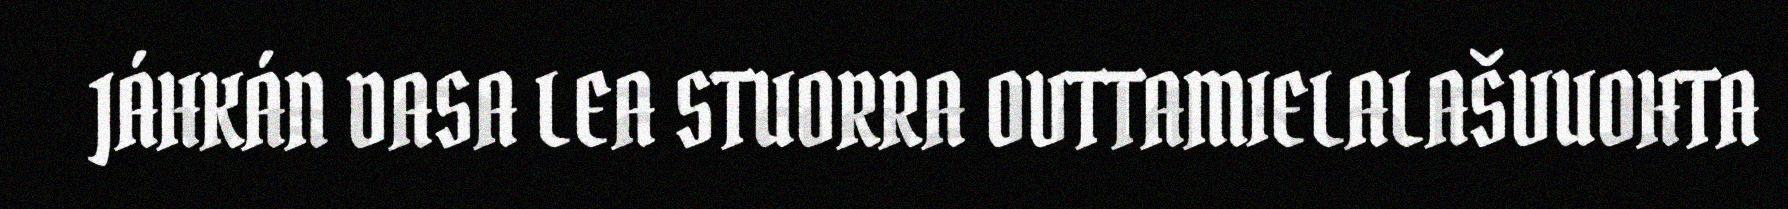
JÁHKÁN DASA LEA STUORRA OVTTAMIELALAŠVUOHTA